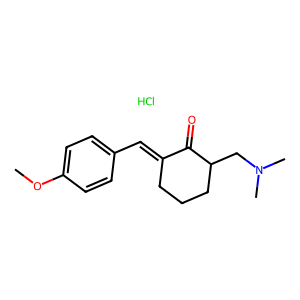
SMILES: COc1ccc(C=C2CCCC(CN(C)C)C2=O)cc1.Cl
Inhibits HIV replication: No